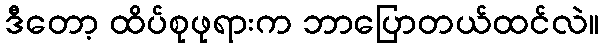
ဒီတော့ ထိပ်စုဖုရားက ဘာပြောတယ်ထင်လဲ။